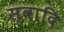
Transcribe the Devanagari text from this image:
स्वादि